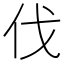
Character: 伐